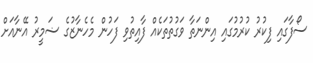
ސޯފާގައި ފިކުރު ކުރުމުގައި އިންނަތާ ވަގުތުތަކެއް ފާއިތުވި ފަހުން މެހެނާޒުގެ ޟަމީރު އޭނާއަށް